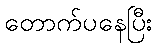
တောက်ပနေပြီး